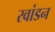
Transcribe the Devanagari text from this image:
रवांडन